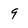
Character: 9